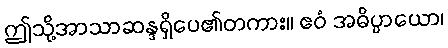
ဤသို့အာသာဆန္ဒရှိပေ၏တကား။ ဧဝံ အဓိပ္ပာယော၊